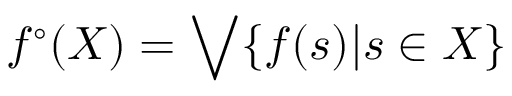
f ^ { \circ } ( X ) = \bigvee \{ f ( s ) | s \in X \}